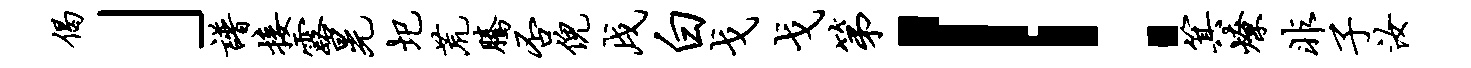
偈」谱接露晃圯荒腾否倪戌白戈戈第！箕燎非子汝